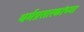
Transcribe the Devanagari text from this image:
धर्मप्रसारकांच्या